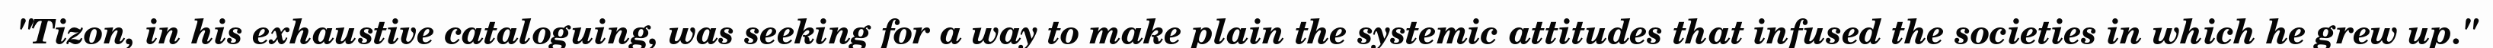
"Tizon, in his exhaustive cataloguing, was seeking for a way to make plain the systemic attitudes that infused the societies in which he grew up."